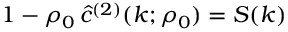
1 - \rho _ { 0 } \, \hat { c } ^ { ( 2 ) } ( k ; \rho _ { 0 } ) = S ( k )